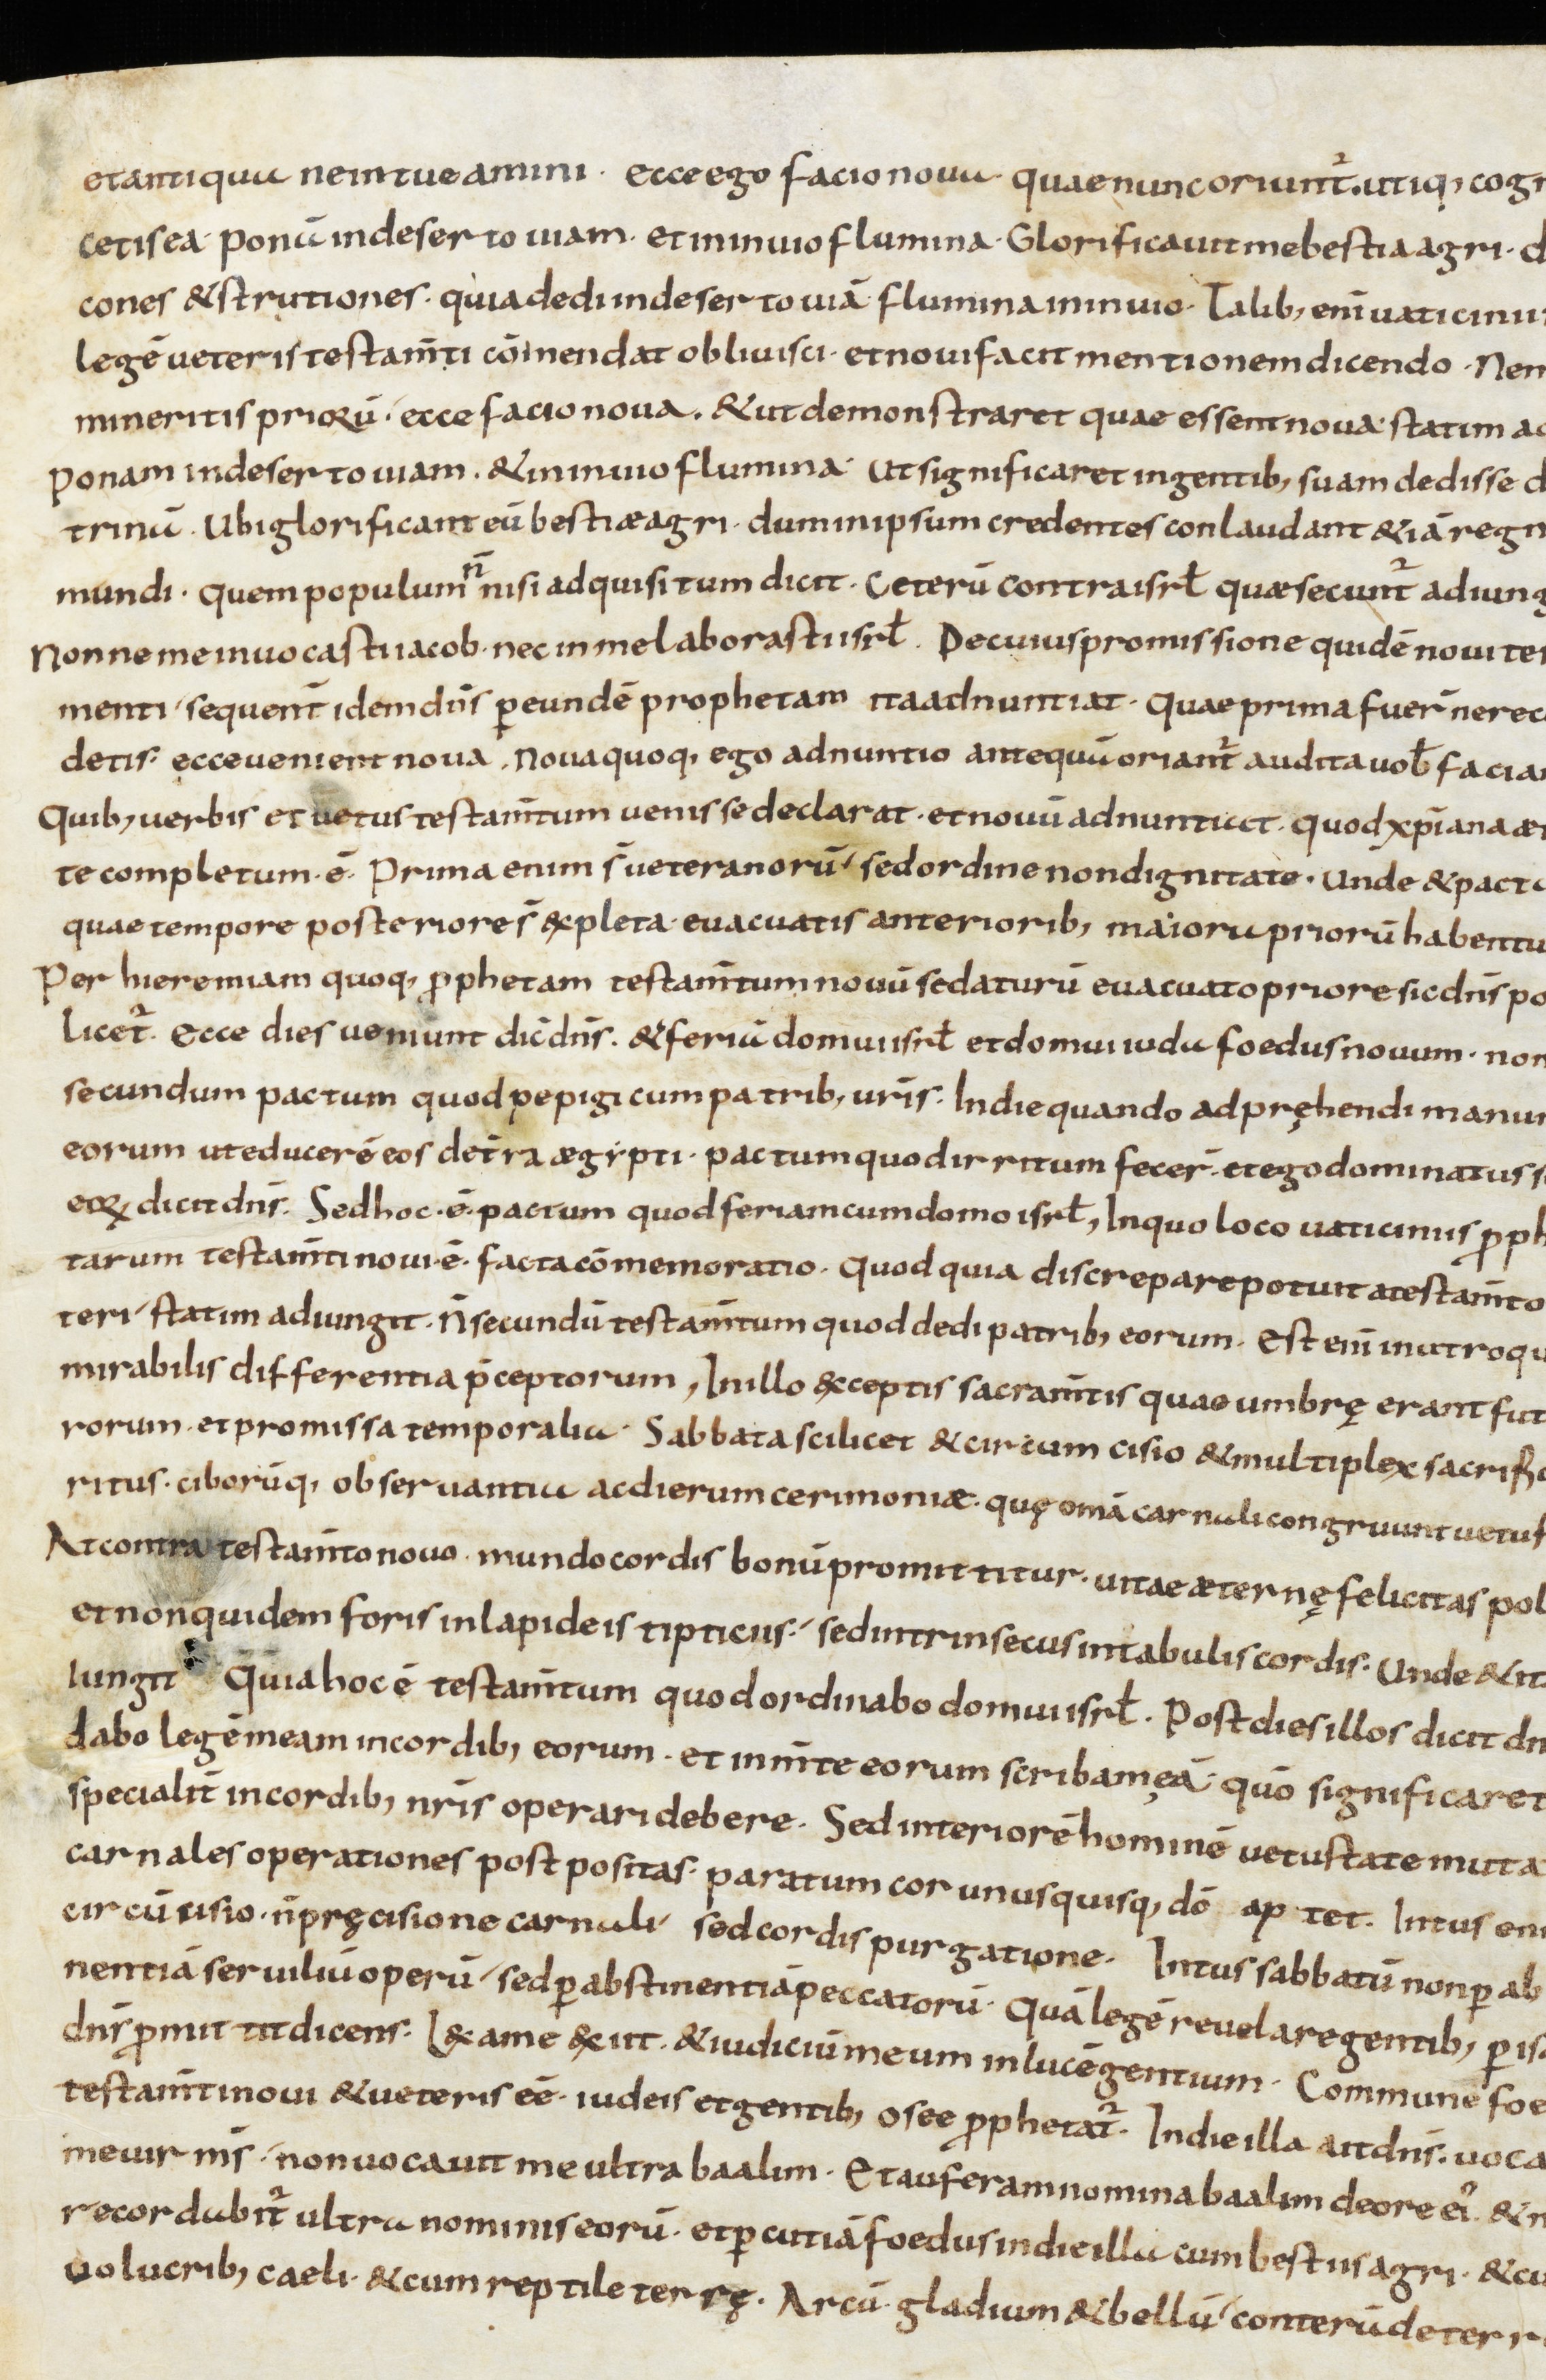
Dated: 800–999